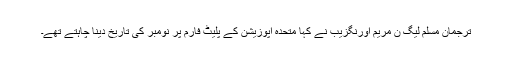
ترجمان مسلم لیگ ن مریم اورنگزیب نے کہا متحدہ اپوزیشن کے پلیٹ فارم پر نومبر کی تاریخ دینا چاہتے تھے۔